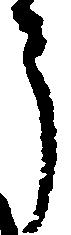
う